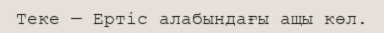
Теке — Ертіс алабындағы ащы көл.